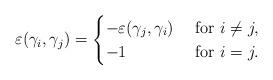
LaTeX: \begin{align*}\varepsilon(\gamma_i,\gamma_j)=\begin{cases}-\varepsilon(\gamma_j,\gamma_i) &\mbox{ for } i\neq j,\\-1 &\mbox{ for } i= j.\end{cases}\end{align*}